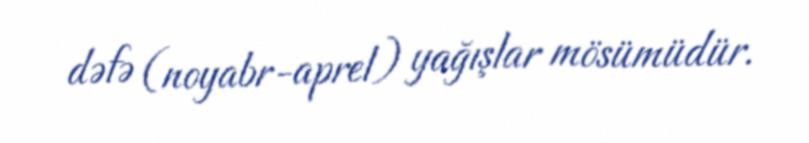
dəfə (noyabr-aprel) yağışlar mösümüdür.